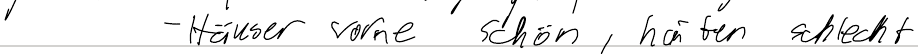
- Häuser vorne schön, hinten schlecht